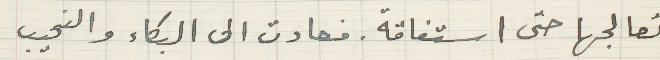
تعالجها حتى استفاقة. فعادت الى البكاء والنحيب